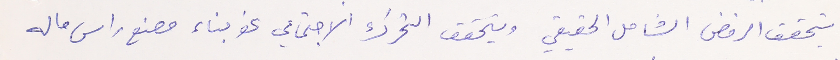
يتحقق الرفض الشامل الحقيقي ويتحقق التحرك الاجتماعي نحو بناء مصنع راس ماله